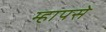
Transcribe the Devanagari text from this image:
म्हापसे